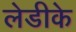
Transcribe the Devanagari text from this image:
लेडीके